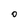
Character: O